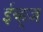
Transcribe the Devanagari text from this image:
ईव्ह्‌ज